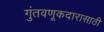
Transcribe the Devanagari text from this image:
गुंतवणूकदारासाठी